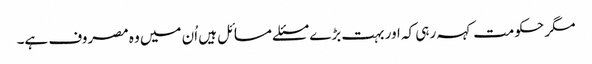
مگر حکومت کہہ رہی کہ اور بہت بڑے مسئلے مسائل ہیں اُن میں وہ مصروف ہے۔